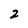
Character: 2